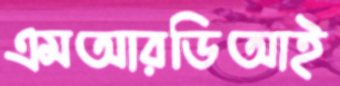
এমআরডিআই